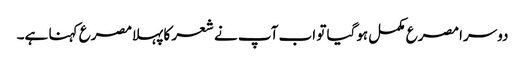
دوسرا مصرع مکمل ہوگیا تو اب آپ نے شعر کا پہلامصرع کہنا ہے۔